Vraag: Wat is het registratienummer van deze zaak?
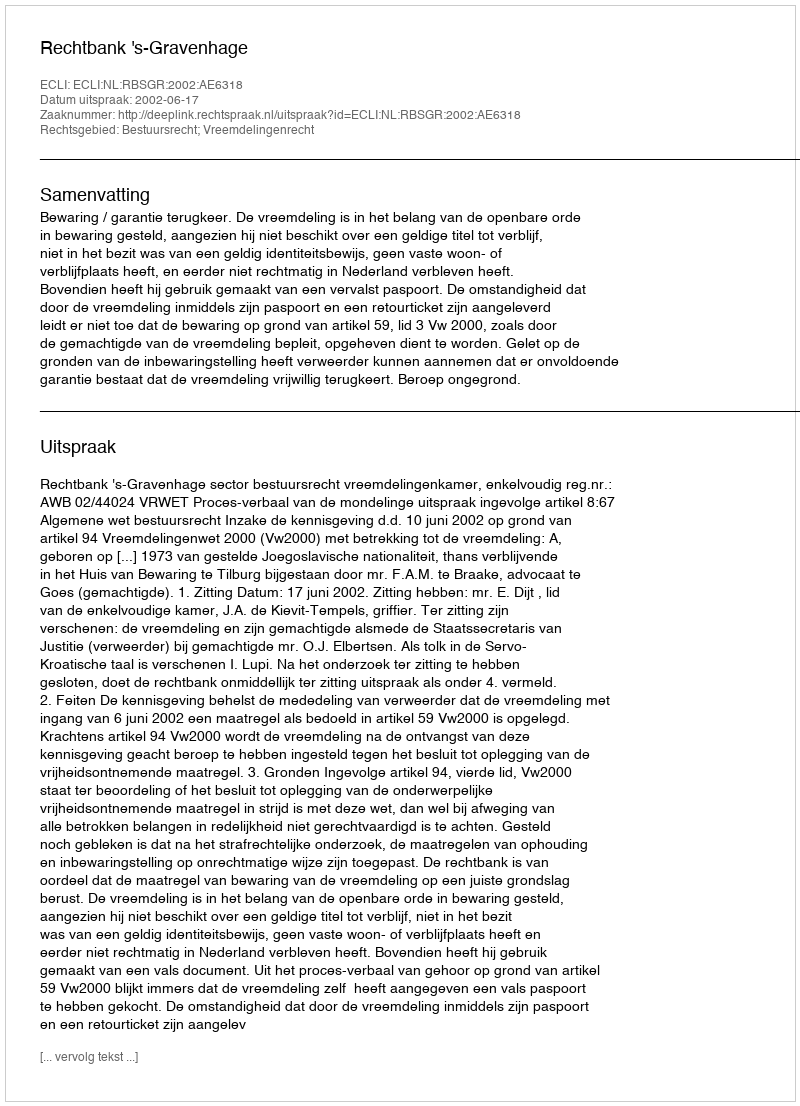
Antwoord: http://deeplink.rechtspraak.nl/uitspraak?id=ECLI:NL:RBSGR:2002:AE6318